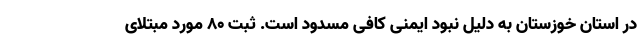
در استان خوزستان به دلیل نبود ایمنی کافی مسدود است. ثبت ۸۰ مورد مبتلای